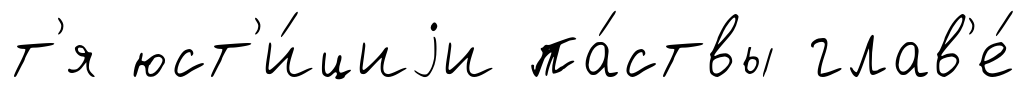
т'я юст'и́циjи па́ствы глав'е́